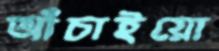
আঁচাইয়ো